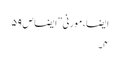
ایضاََ، مورنی”ایضاََ ص ۵۹
۴۔